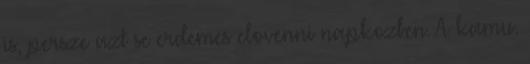
is, persze azt se erdemes elovenni napkozben. A kamu.